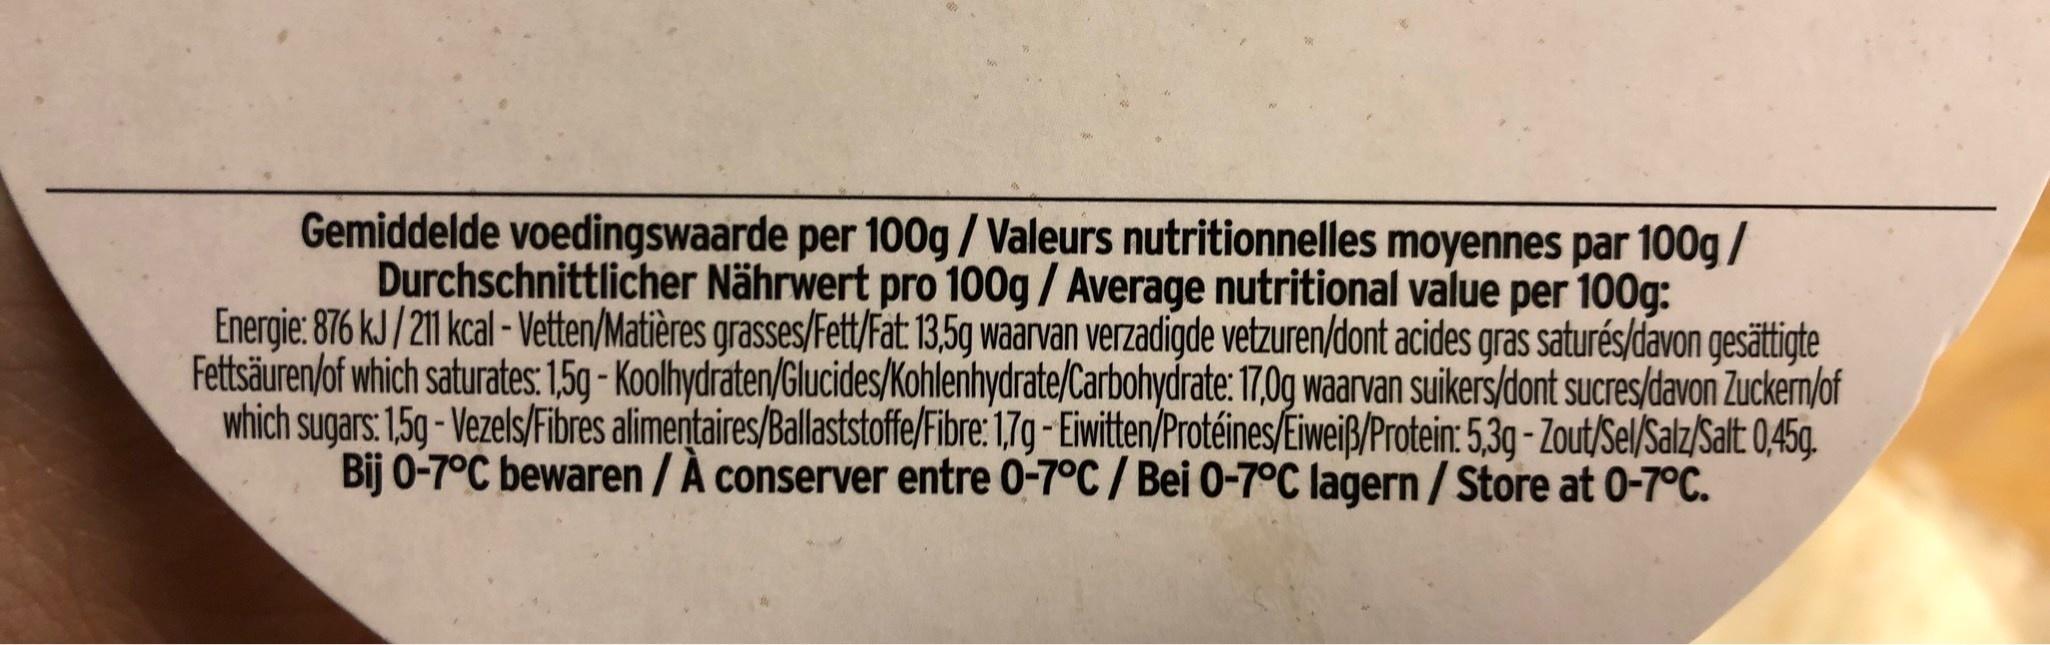
Gemiddelde voedingswaarde per 100g/Valeurs nutritionnelles moyennes par 100g / Durchschnittlicher Nährwert pro 100g/ Average nutritional value per 100g: Energie: 876 kJ /211 kcal - Vetten/Matières grasses/Fett/Fat 13,5g waarvan verzadigde vetzuren/dont acides gras saturés/davon gesättigte Fettsäuren/of which saturates: 1,5g - Koolhydraten/Glucides/Kohlenhydrate/Carbohydrate: 17,0g waarvan suikers/dont sucres/davon Zuckern/of which sugars: 15g - Vezels/Fibres alimentaires/Ballaststoffe/Fibre: 1,7g - Eiwitten/Protéines/Eiweiß/Protein: 5,3g - Zout/Sel/Salz/Salt 0,45g. Bij 0-7°C bewaren / À conserver entre 0-7°C/ Bei O-7°C lagern/Store at 0-7°C.